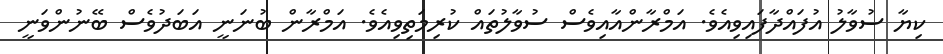
ކިޔާ ސުވާލު އުފައްދާފައިވިއެވެ. އަމްރާންއާއިވެސް ސުވާލުތައް ކުރިމަތިވިއެވެ. އަމްރާން ބުނަނީ އަބަދުވެސް ބޭނުންވަނީ